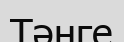
Тәнге